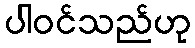
ပါဝင်သည်ဟု